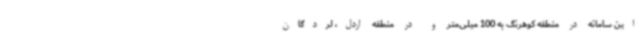
این سامانه در منطقه کوهرنگ به 100 میلی‌متر و در منطقه اردل، لردگان